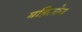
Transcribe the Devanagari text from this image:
महिलोन